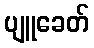
ပျူခေတ်